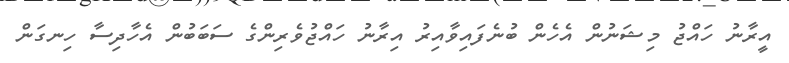
އީރާނު ހައްޖު މިޝަނުން އެހެން ބުނެފައިވާއިރު އިރާނު ހައްޖުވެރިންގެ ސަަބަބުން އެހާދިސާ ހިނގަން